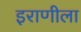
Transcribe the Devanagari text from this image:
इराणीला